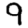
Digit: 9